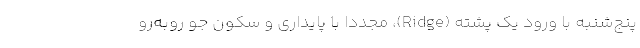
پنج‌شنبه با ورود یک پشته (Ridge)، مجدداً با پایداری و سکون جو روبه‌رو